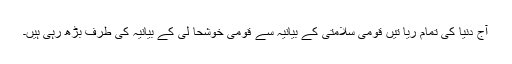
آج دنیا کی تمام ریا تیں قومی سلامتی کے بیانیہ سے قومی خوشحا لی کے بیانیہ کی طرف بڑھ رہی ہیں۔